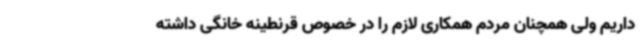
داریم ولی همچنان مردم همکاری لازم را در خصوص قرنطینه خانگی داشته